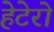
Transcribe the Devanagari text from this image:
हेटेरो